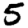
Digit: 5